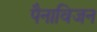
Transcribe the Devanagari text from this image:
पैनाविजन